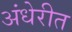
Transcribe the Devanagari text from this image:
अंधेरीत